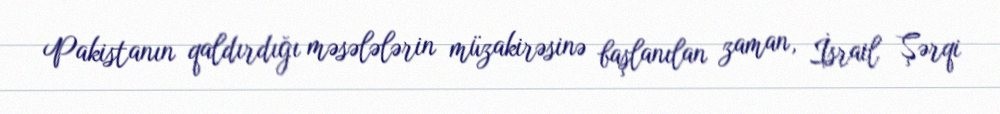
Pakistanın qaldırdığı məsələlərin müzakirəsinə başlanılan zaman, İsrail Şərqi